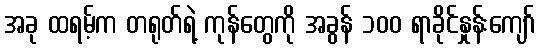
အခု ထရမ့်က တရုတ်ရဲ့ ကုန်တွေကို အခွန် ၁၀၀ ရာခိုင်နှုန်းကျော်